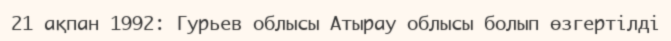
21 ақпан 1992: Гурьев облысы Атырау облысы болып өзгертілді